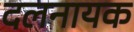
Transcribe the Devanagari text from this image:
दलनायक